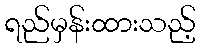
ရည်မှန်းထားသည့်